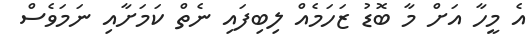
އެ މީހާ އަށް މާ ބޮޑު ޒަހަމެއް ލިބިފައި ނެތް ކަމަށާއި ނަމަވެސް